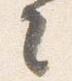
々